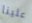
علينا